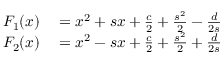
\begin{array} { r l } { F _ { 1 } ( x ) } & { { } = x ^ { 2 } + s x + { \frac { c } { 2 } } + { \frac { s ^ { 2 } } { 2 } } - { \frac { d } { 2 s } } } \\ { F _ { 2 } ( x ) } & { { } = x ^ { 2 } - s x + { \frac { c } { 2 } } + { \frac { s ^ { 2 } } { 2 } } + { \frac { d } { 2 s } } } \end{array}